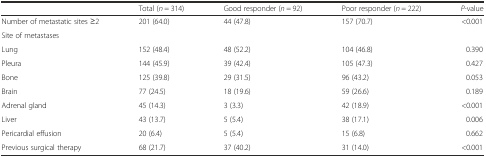
|  | Total (n = 314) | Good responder (n = 92) | Poor responder (n = 222) | P-value |
 | --- | --- | --- | --- | --- |
 | Number of metastatic sites ≥2 | 201 (64.0) | 44 (47.8) | 157 (70.7) | <0.001 |
 | <COLSPAN=5> Site of metastases |
 | Lung | 152 (48.4) | 48 (52.2) | 104 (46.8) | 0.390 |
 | Pleura | 144 (45.9) | 39 (42.4) | 105 (47.3) | 0.427 |
 | Bone | 125 (39.8) | 29 (31.5) | 96 (43.2) | 0.053 |
 | Brain | 77 (24.5) | 18 (19.6) | 59 (26.6) | 0.189 |
 | Adrenal gland | 45 (14.3) | 3 (3.3) | 42 (18.9) | <0.001 |
 | Liver | 43 (13.7) | 5 (5.4) | 38 (17.1) | 0.006 |
 | Pericardial effusion | 20 (6.4) | 5 (5.4) | 15 (6.8) | 0.662 |
 | Previous surgical therapy | 68 (21.7) | 37 (40.2) | 31 (14.0) | <0.001 |